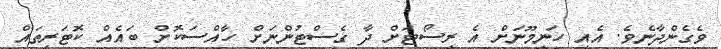
ވެގެންދާނެެވެ. އެއީ ހަނީމޫނަށް އެ ރިސޯޓަށް ދާ ގެސްޓުންނަށް ހާއްސަކޮށް ބައެއް ކޮޓަރިތައް